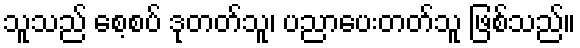
သူသည် စေ့စပ် ဒုတတ်သူ၊ ပညာပေးတတ်သူ ဖြစ်သည်။